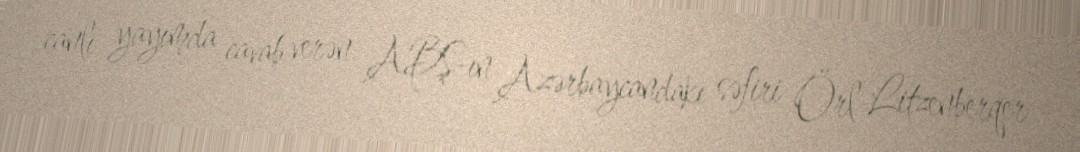
canlı yayımda cavab verən ABŞ-ın Azərbaycandakı səfiri Örl Litzenberqer